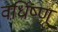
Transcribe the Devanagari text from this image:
वर्धिष्णू